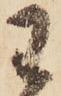
わ